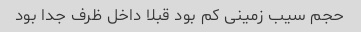
حجم سیب زمینی کم بود قبلا داخل ظرف جدا بود